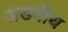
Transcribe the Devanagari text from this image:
अडवीय